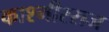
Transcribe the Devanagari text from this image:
काश्मीरराज